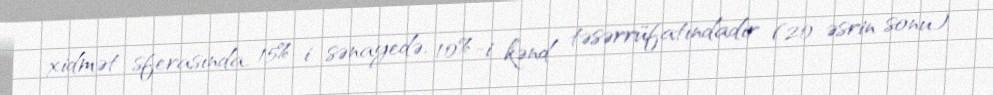
xidmət sferasında, 15%-i sənayedə, 10%-i kənd təsərrüfatındadır (20 əsrin sonu).